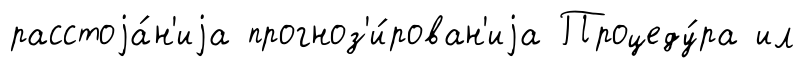
расстоjа́н'иjа прогноз'и́рован'иjа Процеду́ра ил